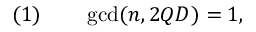
( 1 ) \qquad \operatorname* { g c d } ( n , 2 Q D ) = 1 ,